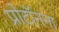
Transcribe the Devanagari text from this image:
प्रोटॉनना